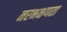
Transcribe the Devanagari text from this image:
नरभक्षणता